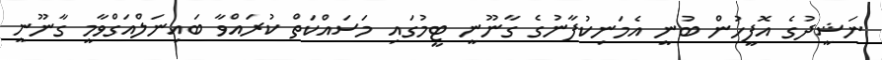
ނަޝީދުގެ އޮފީހުން ބުނީ އެމަނިކުފާނުގެ ގާނޫނީ ޓީމުގައި މަސައްކަތް ކުރައްވާ ބައިނަލްއަގްވާމީ ގާނޫނީ